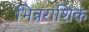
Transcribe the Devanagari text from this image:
भिन्नराशिक